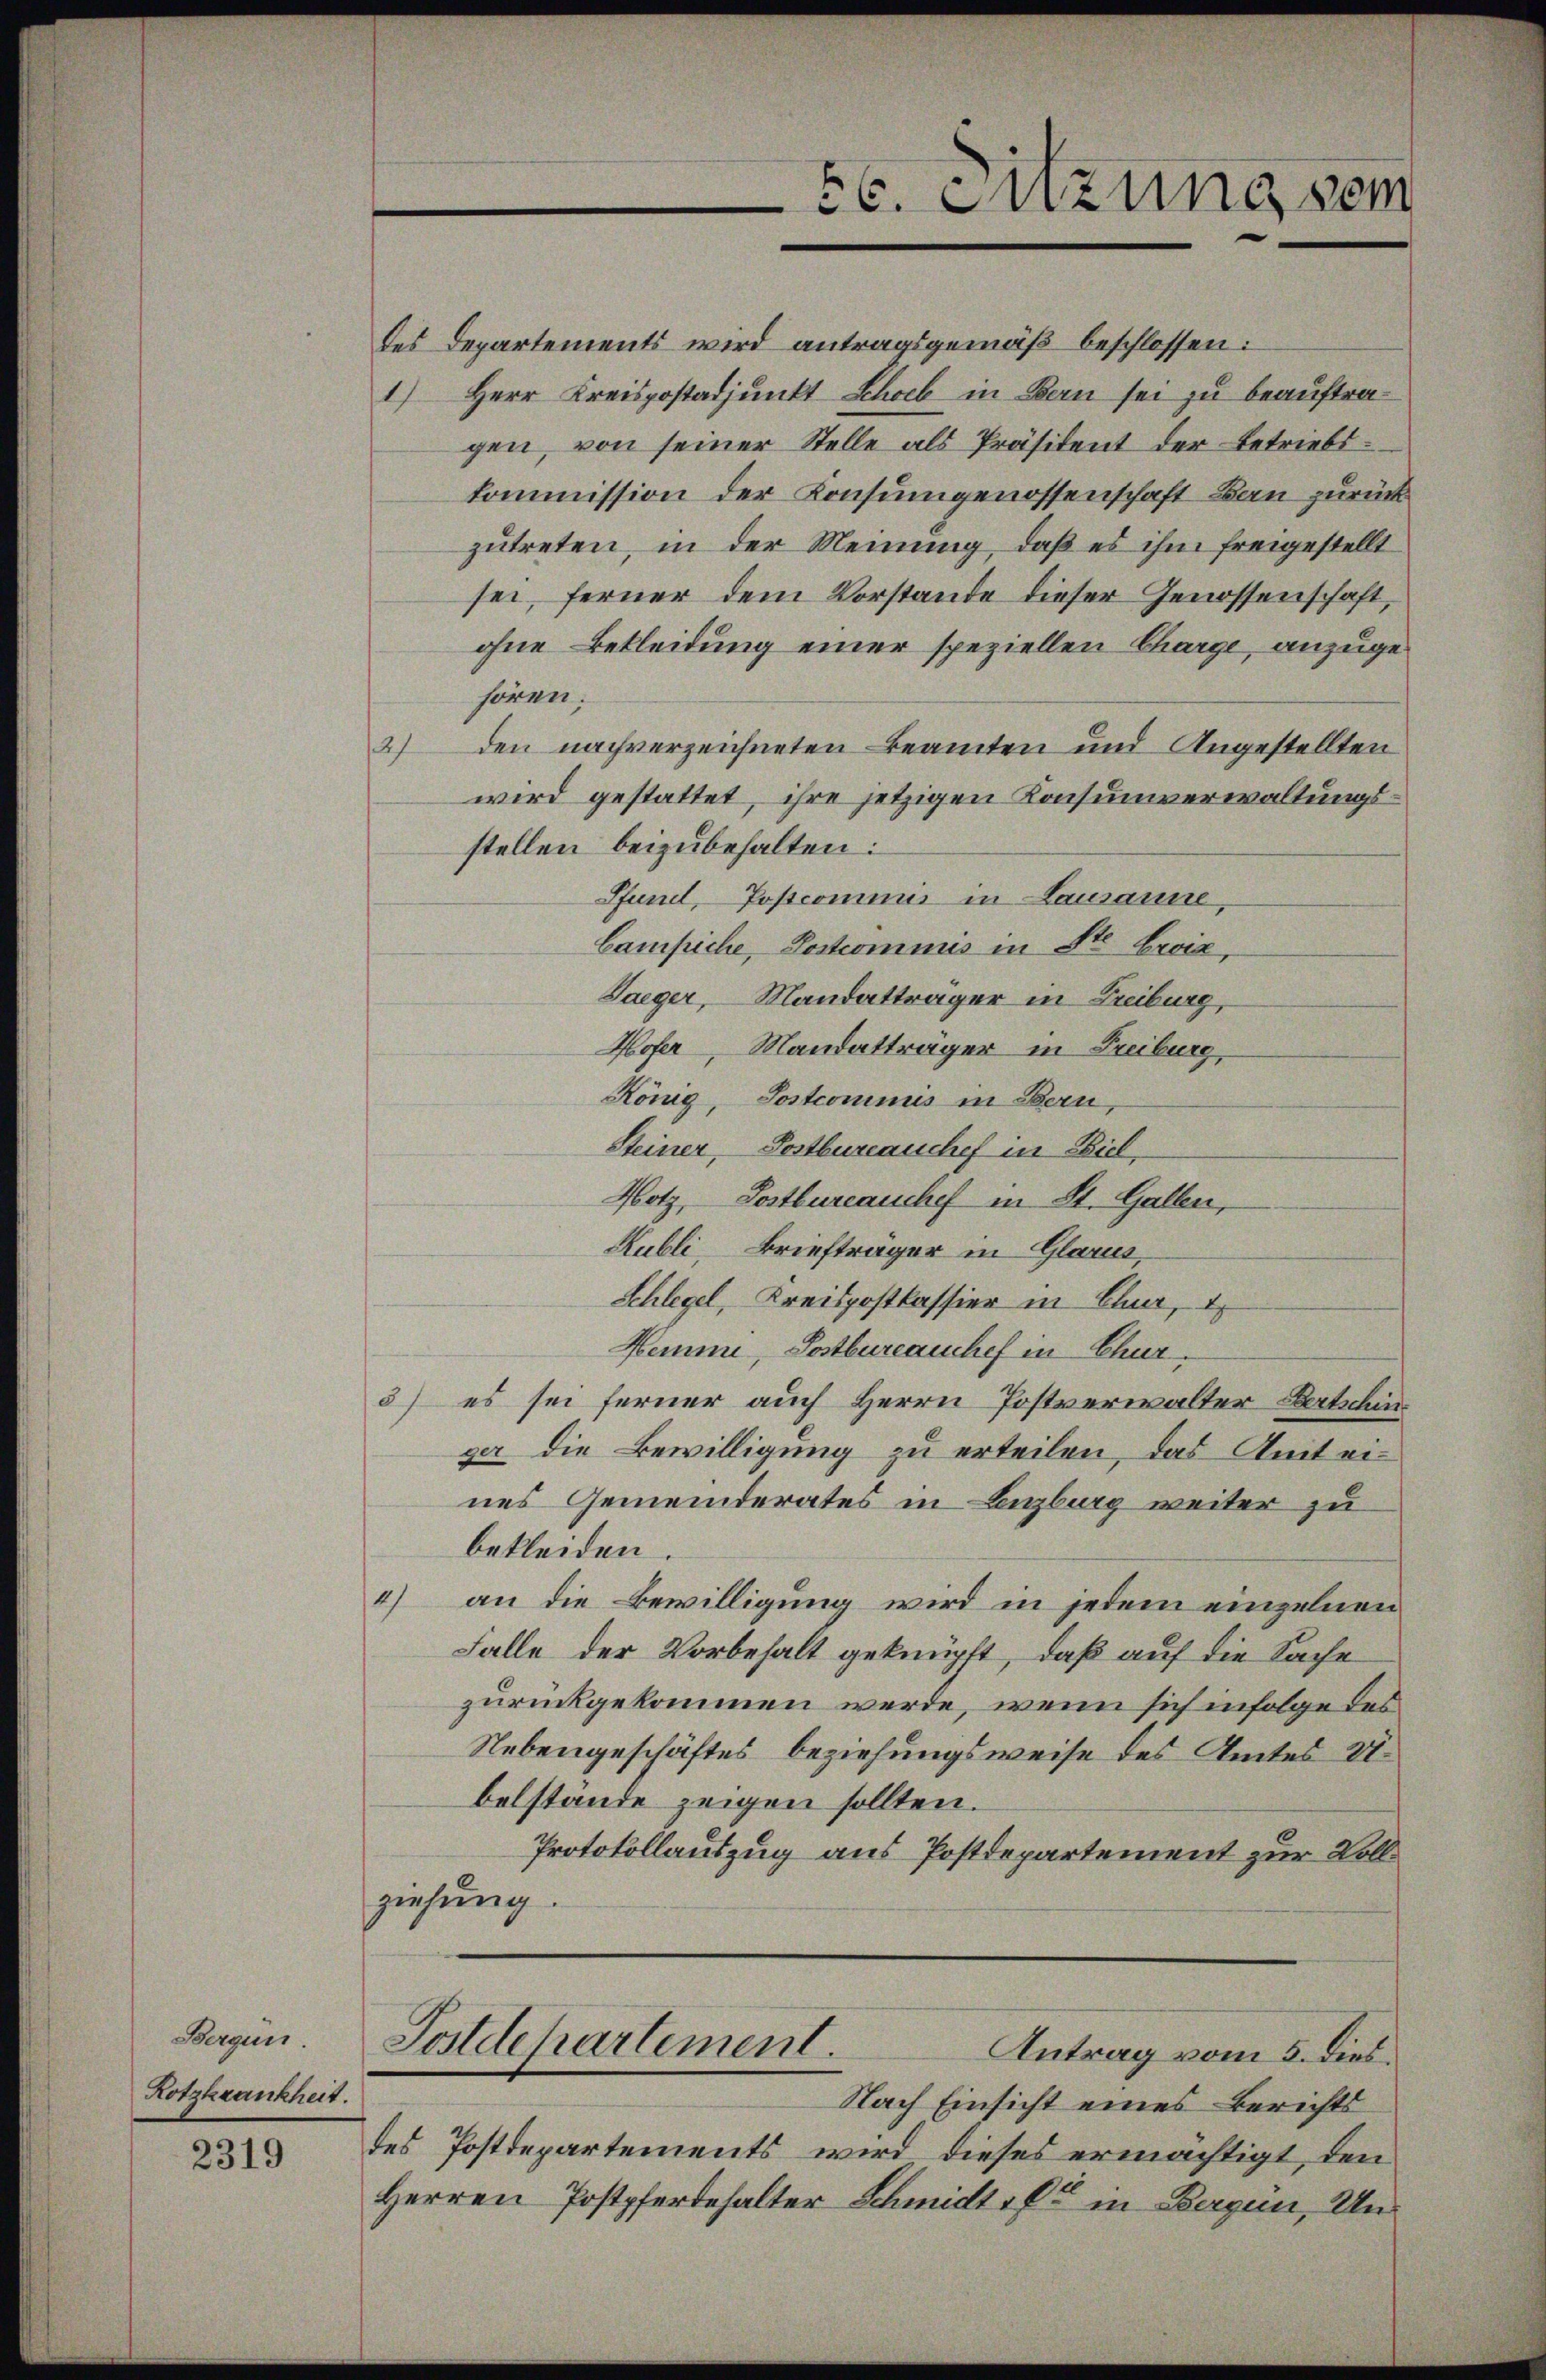
Bergün
Rotzkrankheit.

2319

des Departements wird antragsgemäß beschlossen:
1) Herr Kreispostadjunkt Schob in Bern sei zu beauftragen, von seiner Stelle als Präsident der Betriebskommission der Konsumgenossenschaft Bau zurück
zutreten, in der Meinung, daß es ihm freigestellt
sei, ferner dem Vorstande dieser Genossenschaft,
ohne Bekleidung einer speziellen Charge, anzugehören.
2) den nachverzeichneten Beamten und Angestellten
wird gestattet, ihre jetzigen Konsumverwaltungsstellen beizubehalten:
Pfund, Postcommis in Lausanne,
Campiche, Postcommis in St. Beiz,
Saeger, Mandatträger in Freiburg,
Hofer, Mandatträger in Freiburg,
König, Sostcominus in Bern,
Steiner, Postbureauschef in Biel,
Hotz, Postbureauchef in St. Gallen,
Rubli, Briefträger in Glarus,
Schlegel, Kreispostkassier in Chur,
Hemme, Postbureauchef in Chur,
5) es sei ferner auch Herrn Postverwalter Bertschin
ger die Bewilligung zu erteilen, das Amt eines Gemeinderates in Ligburg weiter zu
bekleiden
4) an die Bewilligung wird in jedem einzelnen
Falle der Vorbehalt geknüpft, daß auf die Sache
zurückgekommen werde, wenn sich infolge des
Nebengeschäftes beziehungsweise des Amtes U.
belstände zeigen sollten.
Protokollauszug aus Postdepartement zur Vollziehung.

56. Sitzung sein

Postdepartement.
Antrag vom 5. dies.

Nach Einsicht eines Berichts
des Postdepartements wird dieses ermächtigt, den
Herren Postpferdehalter Schmidt. C in Bogen, Un¬